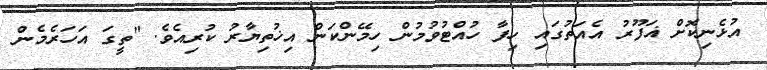
އުޅެނިކޮށް ޣަފޫރު އެއަތުގައި ހިފާ ހުއްޓުވުމުން ހިމޭންކަން އިޚުތިޔާރު ކުރިއެވެ. "ތީގަ އަހަރެމެން